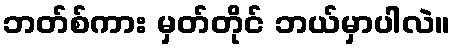
ဘတ်စ်ကား မှတ်တိုင် ဘယ်မှာပါလဲ။